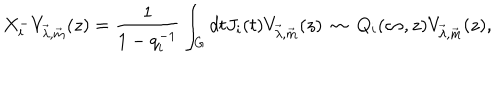
X _ { i } ^ { - } V _ { \vec { \lambda } , \vec { m } } ( z ) = \frac { 1 } { 1 - q _ { i } ^ { - 1 } } \int _ { G } d t J _ { i } ( t ) V _ { \vec { \lambda } , \vec { m } } ( z ) ~ \sim ~ Q _ { i } ( \infty , z ) V _ { \vec { \lambda } , \vec { m } } ( z ) ,